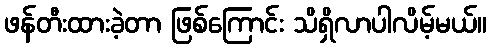
ဖန်တီးထားခဲ့တာ ဖြစ်ကြောင်း သိရှိလာပါလိမ့်မယ်။